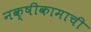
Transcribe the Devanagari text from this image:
नक्षीकामाची